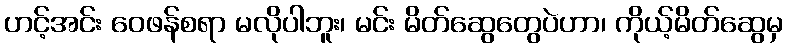
ဟင့်အင်း ဝေဖန်စရာ မလိုပါဘူး၊ မင်း မိတ်ဆွေတွေပဲဟာ၊ ကိုယ့်မိတ်ဆွေမှ